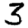
Digit: 3